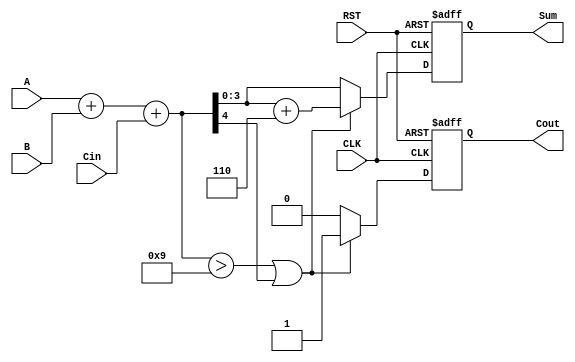
module BCD_Synchronous_Adder (
    input  wire [3:0] A,       // First BCD digit
    input  wire [3:0] B,       // Second BCD digit
    input  wire Cin,           // Carry input
    input  wire CLK,           // Clock signal
    input  wire RST,           // Active-high reset signal
    output reg  [3:0] Sum,     // BCD sum output
    output reg  Cout           // Carry output
);

    reg [4:0] binary_sum; // 5-bit to accommodate carry

    always @(posedge CLK or posedge RST) begin
        if (RST) begin
            Sum <= 4'b0000;  // Reset sum to 0
            Cout <= 1'b0;    // Reset carry out to 0
        end else begin
            // Step 1: Calculate the binary sum
            binary_sum = A + B + Cin;

            // Step 2: BCD correction if necessary
            if (binary_sum > 4'b1001 || binary_sum[4]) begin
                binary_sum = binary_sum + 5'b00110; // Add 6 (0110)
                Cout <= 1'b1; // Set carry out
            end else begin
                Cout <= 1'b0; // No carry out
            end

            // Step 3: Assign the final BCD sum
            Sum <= binary_sum[3:0]; // Assign the lower 4 bits
        end
    end

endmodule